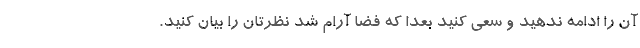
آن را ادامه ندهید و سعی کنید بعدا که فضا آرام شد نظرتان را بیان کنید.